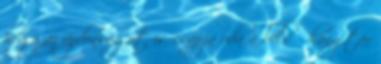
hogy az újdonságot is csapja oda a belső hangtár